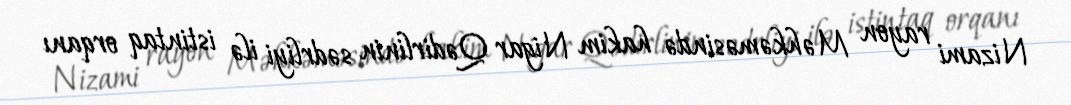
Nizami rayon Məhkəməsində hakim Nigar Qədirlinin sədrliyi ilə istintaq orqanı